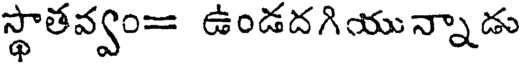
స్థాతవ్వం= ఉండదగియున్నాడు